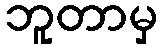
ဘူတာမှ